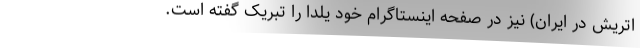
اتریش در ایران) نیز در صفحه اینستاگرام خود یلدا را تبریک گفته است.